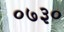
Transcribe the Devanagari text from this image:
०७३०